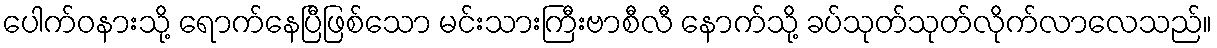
ပေါက်ဝနားသို့ ရောက်နေပြီဖြစ်သော မင်းသားကြီးဗာစီလီ နောက်သို့ ခပ်သုတ်သုတ်လိုက်လာလေသည်။